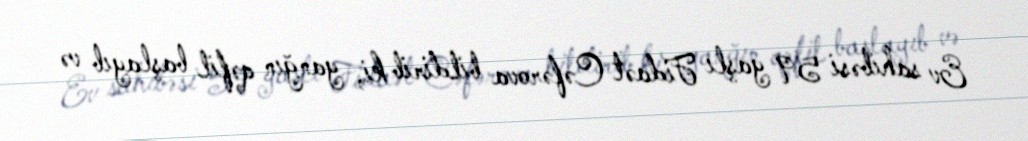
Ev sahibəsi 59 yaşlı Fidaət Cəfərova bildirib ki, yanğın qəfil başlayıb və